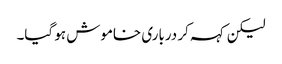
لیکن کہہ کر درباری خاموش ہو گیا۔